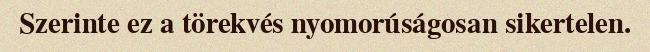
Szerinte ez a törekvés nyomorúságosan sikertelen.